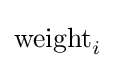
\mathrm {weight} _{i}